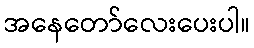
အနေတော်လေးပေးပါ။